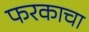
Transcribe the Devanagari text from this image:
फरकाचा